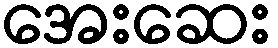
အေးဆေး